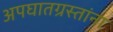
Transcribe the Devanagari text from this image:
अपघातग्रस्तांना